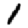
Digit: 1